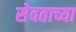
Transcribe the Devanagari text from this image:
सेवताच्या